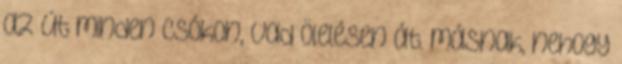
az út minden csókon, vad ölelésen át. másnak, nehogy